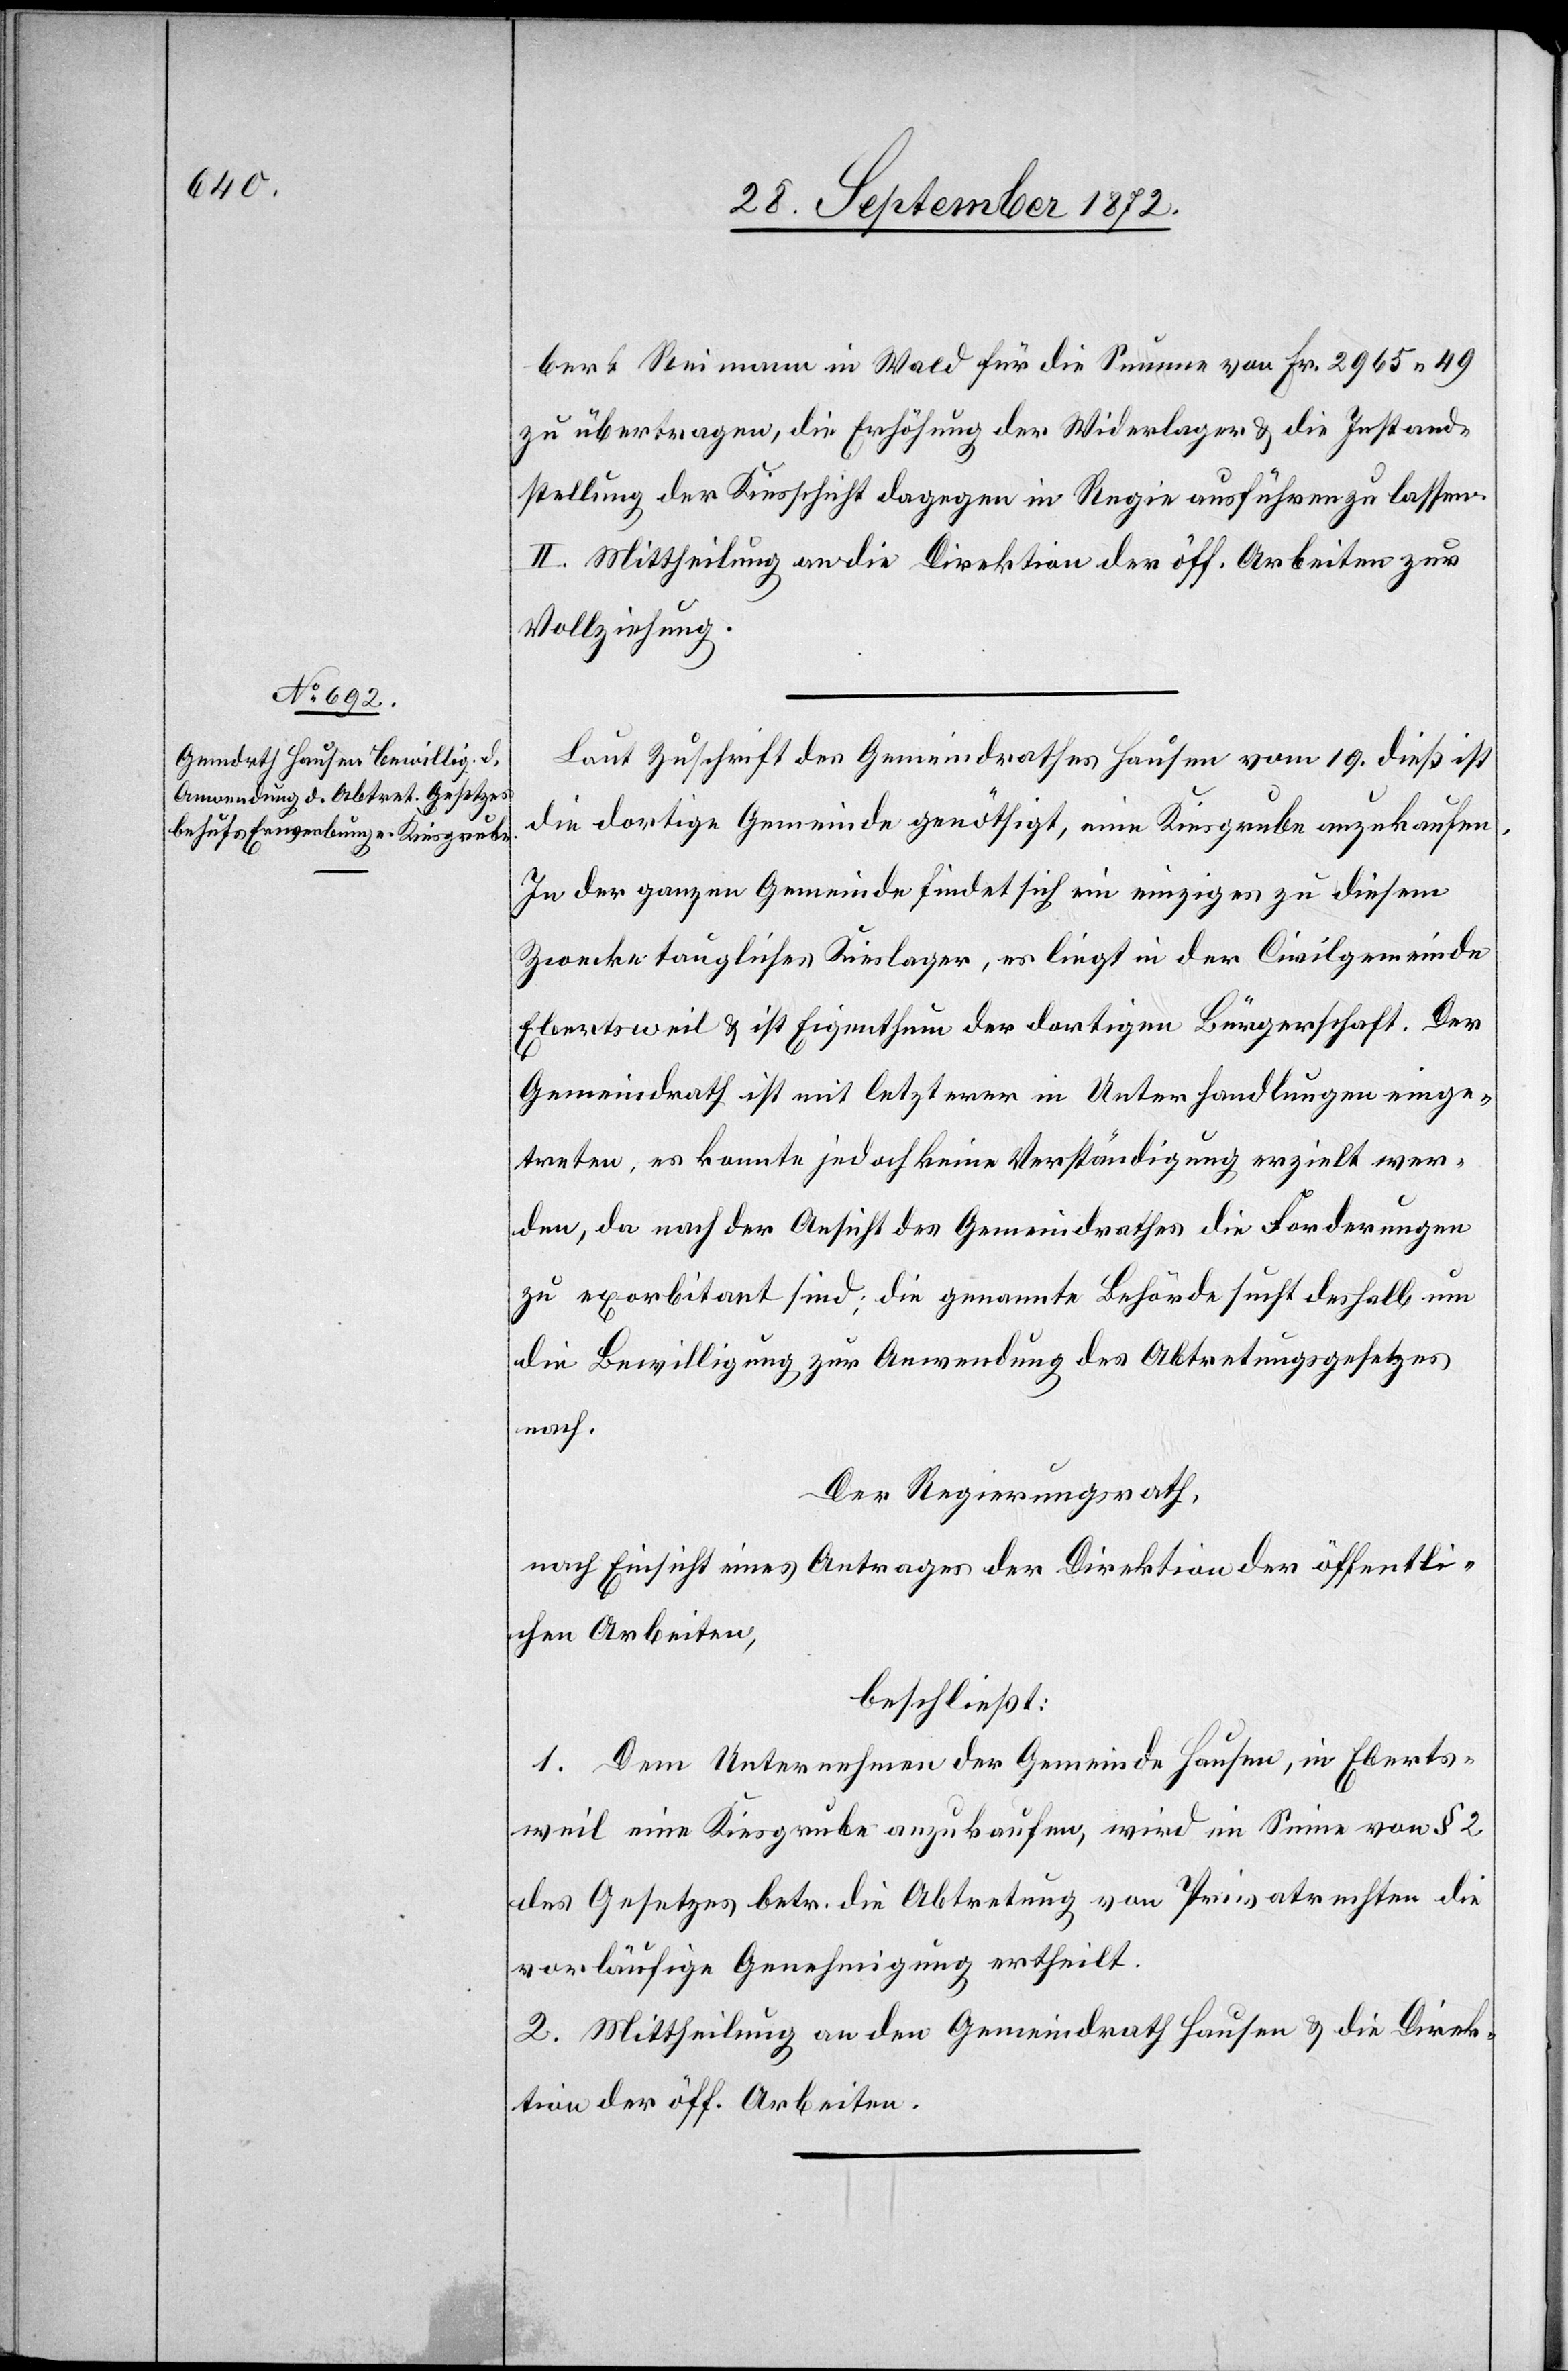
Laut Zuschrift des Gemeindrathes Hausen vom 19. dieß ist
die dortige Gemeinde genöthigt, eine Kiesgrube anzukaufen.
In der ganzen Gemeinde findet sich ein einziges zu diesem
Zwecke taugliches Kieslager, es liegt in der Civilgemeinde
Ebertsweil u. ist Eigenthum der dortigen Bürgerschaft. Der
Gemeindrath ist mit letzterer in Unterhandlungen einge¬
treten, es konnte jedoch keine Verständigung erzielt wer¬
den, da nach der Ansicht des Gemeindrathes die Forderungen
zu exorbitant sind; die genannte Behörde such deshalb um
die Bewilligung zur Anwendung des Abtretungsgesetzes
nach.
Der Regierungsrath,
nach Einsicht eines Antrages der Direktion der öffentli¬
chen Arbeiten,
beschließt:
1. Dem Unternehmen der Gemeinde Hausen, in Eberts¬
weil eine Kiesgrube anzukaufen, wird im Sinne von § 2
des Gesetzes betr. die Abtretung von Privatrechten die
vorläufige Genehmigung ertheilt.
2. Mittheilung an den Gemeindrath Hausen u. die Direk¬
tion der öff. Arbeiten.